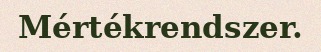
Mértékrendszer.